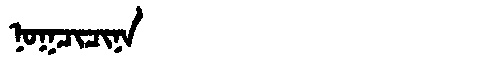
Manchu: ᠨᠣᡴᠴᡳᠴᡳᠨᠠ
Romanization: NOKCICINA